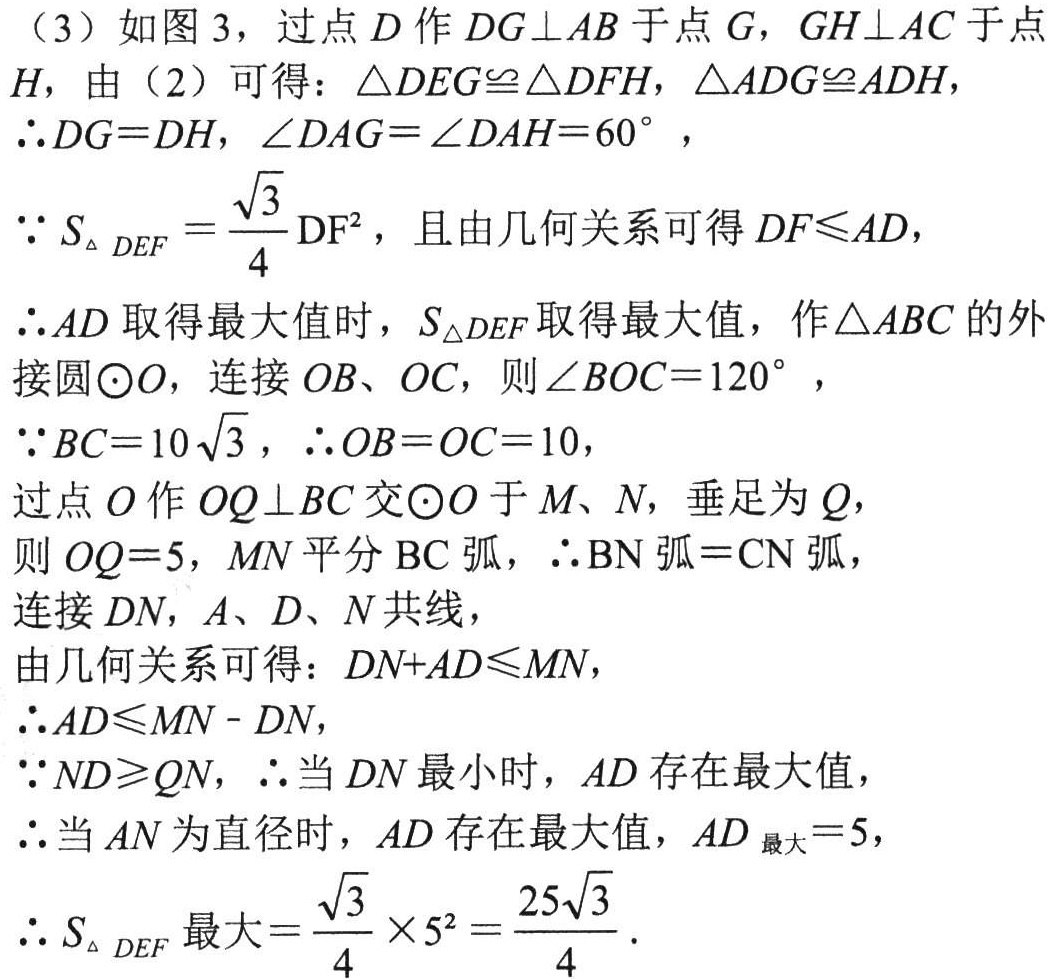
（3）如图 3，过点\(D\)作\(DG\perp AB\)于点\(G\)，\(GH\perp AC\)于点\(H\)，由（2）可得：\(\triangle DEG\cong\triangle DFH\)，\(\triangle ADG\cong ADH\)，
\(\therefore DG = DH\)，\(\angle DAG=\angle DAH = 60^{\circ}\)，
\(\because S_{\triangle DEF}=\frac{\sqrt{3}}{4}DF^{2}\)，且由几何关系可得\(DF\leqslant AD\)，
\(\therefore AD\)取得最大值时，\(S_{\triangle DEF}\)取得最大值，作\(\triangle ABC\)的外接圆\(\odot O\)，连接\(OB\)、\(OC\)，则\(\angle BOC = 120^{\circ}\)，
\(\because BC = 10\sqrt{3}\)，\(\therefore OB = OC = 10\)，
过点\(O\)作\(OQ\perp BC\)交\(\odot O\)于\(M\)、\(N\)，垂足为\(Q\)，
则\(OQ = 5\)，\(MN\)平分\(BC\)弧，\(\therefore \overset{\frown}{BN}=\overset{\frown}{CN}\)，
连接\(DN\)，\(A\)、\(D\)、\(N\)共线，
由几何关系可得：\(DN + AD\leqslant MN\)，
\(\therefore AD\leqslant MN - DN\)，
\(\because ND\geqslant QN\)，\(\therefore\)当\(DN\)最小时，\(AD\)存在最大值，
\(\therefore\)当\(AN\)为直径时，\(AD\)存在最大值，\(AD_{最大}=5\)，
\(\therefore S_{\triangle DEF最大}=\frac{\sqrt{3}}{4}\times5^{2}=\frac{25\sqrt{3}}{4}\)．